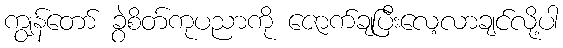
ကျွန်တော် ခွဲစိတ်ကုပညာကို ဇောက်ချပြီးလေ့လာချင်လို့ပါ